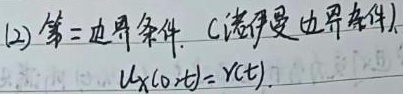
(2) 第三边界条件（诺伊曼边界条件）：\(u_x(0,t)=r(t)\)。